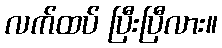
လက်ထပ် ပြီးပြီလား။